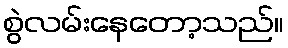
စွဲလမ်းနေတော့သည်။